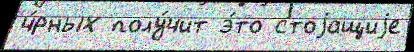
ч́рных полу́чит э́то стоjащиjе